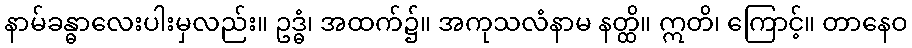
နာမ်ခန္ဓာလေးပါးမှလည်း။ ဥဒ္ဓံ၊ အထက်၌။ အကုသလံနာမ နတ္ထိ။ ဣတိ၊ ကြောင့်။ တာနေဝ